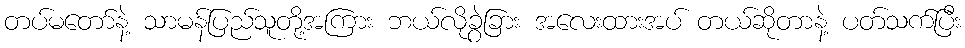
တပ်မတော်နဲ့ သာမန်ပြည်သူတို့အကြား ဘယ်လိုခွဲခြား အလေးထားအပ် တယ်ဆိုတာနဲ့ ပတ်သက်ပြီး